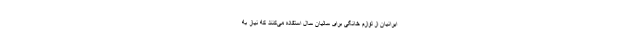
ایرانیان از لوازم خانگی برای سالیان سال استفاده می‌کنند که نیاز به